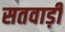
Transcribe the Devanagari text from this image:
सतवाड़ी